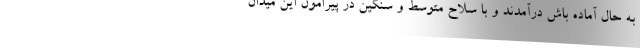
به حال آماده باش درآمدند و با سلاح متوسط و سنگین در پیرامون این میدان